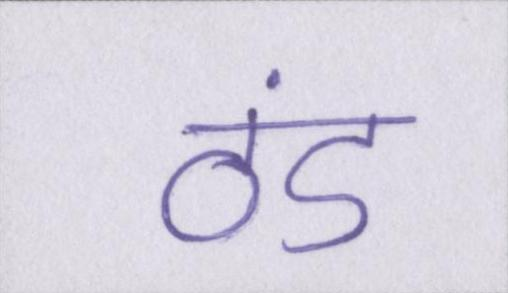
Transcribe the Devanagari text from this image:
ठंड